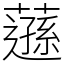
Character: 䕖